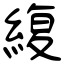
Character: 緮